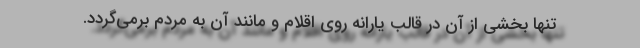
تنها بخشی از آن در قالب یارانه روی اقلام و مانند آن به مردم برمی‌گردد.